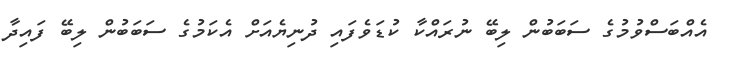
އެއްބަސްވުމުގެ ސަބަބުން ލިބޭ ނުރައްކާ ކުޑަވެފައި ދުނިޔެއަށް އެކަމުގެ ސަބަބުން ލިބޭ ފައިދާ